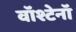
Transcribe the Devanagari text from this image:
वॉश्टेनॉ